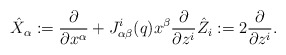
\begin{align*}\hat{X}_\alpha := \frac{\partial}{\partial x^\alpha} + J_{\alpha\beta}^i(q) x^\beta \frac{\partial}{\partial z^i} \hat{Z}_i := 2\frac{\partial}{\partial z^i}.\end{align*}